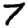
Digit: 7